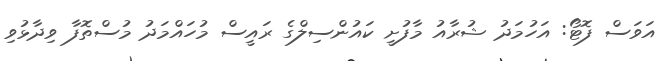
އަވަސް ފޮޓޯ: އަހުމަދު ޝުރާއު މާފުށީ ކައުންސިލްގެ ރައީސް މުހައްމަދު މުސްތޮފާ ވިދާޅުވި